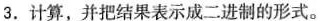
3.计算，并把结果表示成二进制的形式。